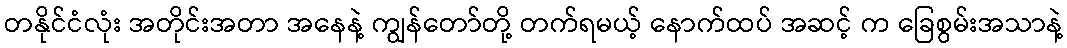
တနိုင်ငံလုံး အတိုင်းအတာ အနေနဲ့ ကျွန်တော်တို့ တက်ရမယ့် နောက်ထပ် အဆင့် က ခြေစွမ်းအသာနဲ့